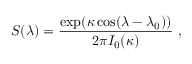
S ( \lambda ) = \frac { \exp ( \kappa \cos ( \lambda - \lambda _ { 0 } ) ) } { 2 \pi I _ { 0 } ( \kappa ) } \mathrm { ~ , ~ }